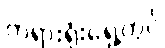
တရားရုံးရှေ့တွင်